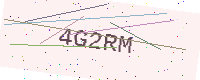
Text: 4G2RM